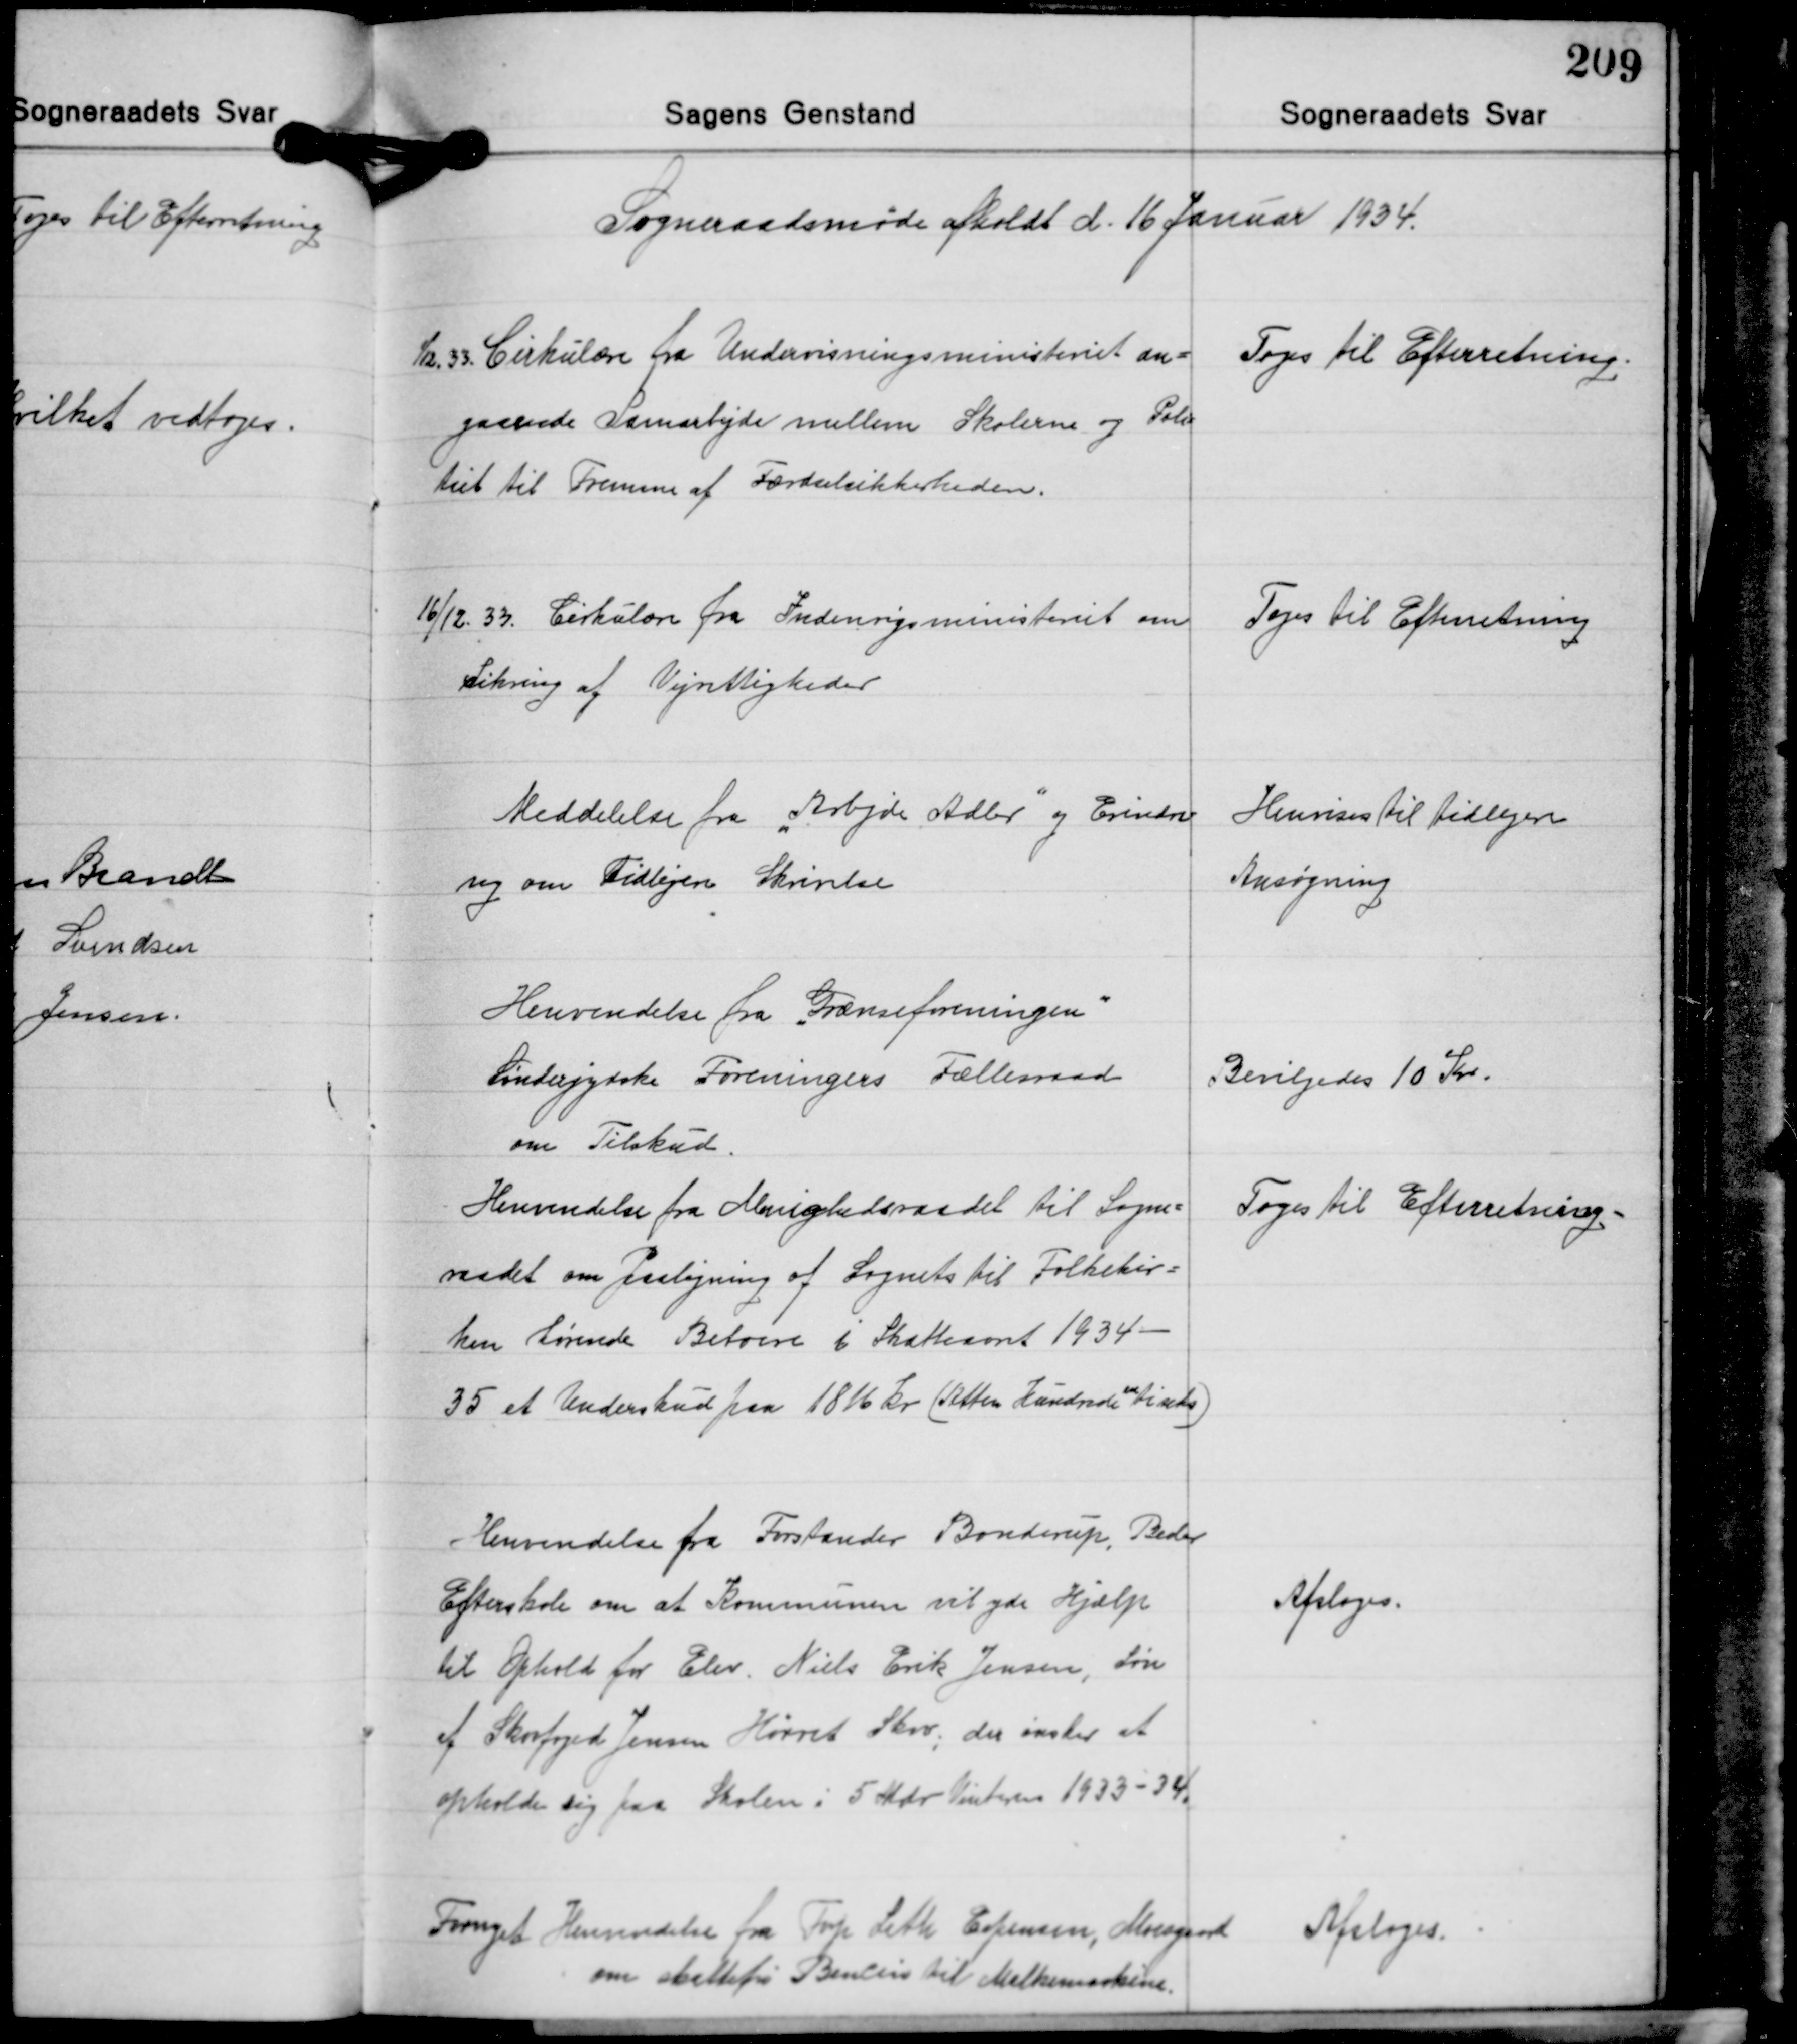
Transskription:
Sogneraadsmøde afholdt d. 16 Januar 1934.

1/12 33. Cirkulære fra Undervisningsministeriet an-
gaaende Samarbejde mellem Skolerne og Poli-
tiet til Fremme af Færdselsikkerheden.

Toges til Efterretning.

16/12 33. Cirkulære fra Indenrigsministeriet om
Sikring af Vejrettigheder

Toges til Efterretning

Meddelelse fra "Arbjde Adler" og Erindri-
ng om Tidligere Skrivelse

Henvises til tidligere
Ansøgning

Henvendelse fra Grænseforeningen
Sønderjydske Foreningers Fællesraad
om Tilskud.

Bevilgedes 10 Kr.

Henvendelse fra Menighedsraadet til Sogne-
radet om Paaligning af Sognets til Folkekir-
ken hørende Beboere i Skatteaaret 1934-
35 et Underskud paa 1816 Kr. (Atten Hundrede tiseks)
en

Toges til Efterretning.

Henvendelse fra Forstander Bonderup, Beder
Efterskole om at Kommunen vil yde Hjælp
til Ophold for Elev Niels Erik Jensen, Søn
af Skovfoged Jensen Hørret Skov, der ønsker at
opholde sig paa Skolen i 5 Mdr. Vinteren 1933 -34.

Aftages.

Fornyet Henvendelse fra Frp. Leth Espensen, Moesgaard
om skattefri Bencin til Malkemaskine

Afsloges.